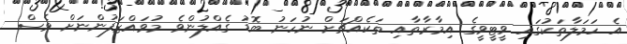
އެ ހަމަލާތަކުގައި ވީޓީވީގެ އިމާރާތާއި ތަކެއްޗަށް ނުހަނު ބޮޑު ގެއްލުންވެ މުވައްޒަފުންނަށް ވެސް